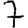
Digit: 7